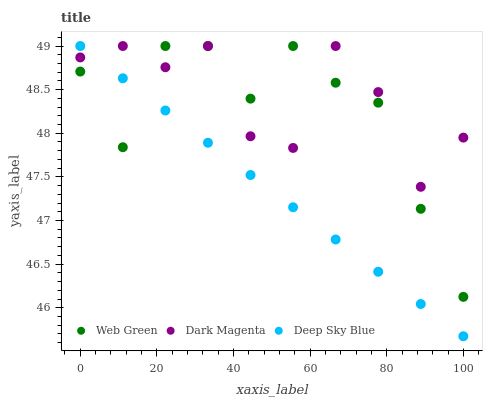
| xaxis_label | Web Green | Dark Magenta | Deep Sky Blue |
 | --- | --- | --- | --- |
 | 0 | 48.7 | 48.9 | 49 |
 | 11.1 | 47.8 | 49 | 48.6 |
 | 22.2 | 49 | 48.8 | 48.3 |
 | 33.3 | 49 | 49 | 47.9 |
 | 44.4 | 48.4 | 48 | 47.5 |
 | 55.6 | 49 | 47.8 | 47.2 |
 | 66.7 | 48.6 | 49 | 46.8 |
 | 77.8 | 48.4 | 48.5 | 46.4 |
 | 88.9 | 47.1 | 47.4 | 46 |
 | 100 | 46.1 | 48 | 45.7 |